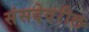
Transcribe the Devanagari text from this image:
संसदेवरील